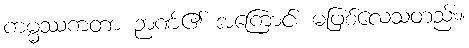
ကမ္မဿကတာ ဉာဏ်၏ အကြောင်း မဖြစ်လေသတည်း။